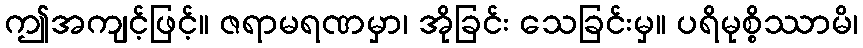
ဤအကျင့်ဖြင့်။ ဇရာမရဏမှာ၊ အိုခြင်း သေခြင်းမှ။ ပရိမုစ္စိဿာမိ၊